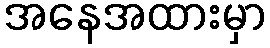
အနေအထားမှာ